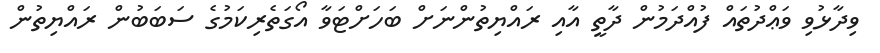
ވިދާޅުވި ވަޢްދުތައް ފުއްދަމުން ދާތީ އާއި ރައްޔިތުންނަށް ބަހަށްޓަވާ އޯގަތެރިކަމުގެ ސަބަބުން ރައްޔިތުން